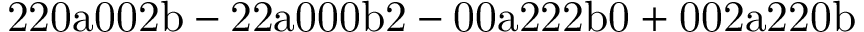
\mathrm { 2 2 0 a 0 0 2 b - 2 2 a 0 0 0 b 2 - 0 0 a 2 2 2 b 0 + 0 0 2 a 2 2 0 b }